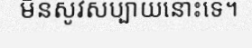
មិនសូវសប្បាយនោះទេ។